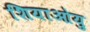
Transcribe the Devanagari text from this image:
शियाओयु